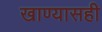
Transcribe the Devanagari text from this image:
खाण्यासही